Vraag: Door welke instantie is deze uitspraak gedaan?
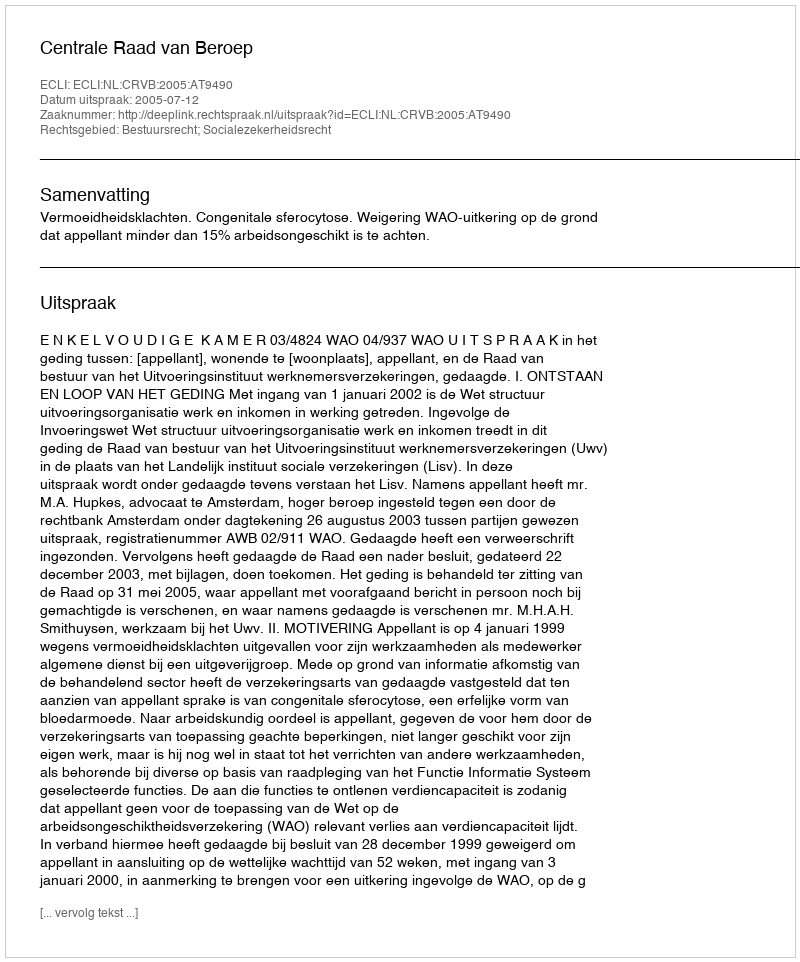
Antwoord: Centrale Raad van Beroep